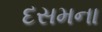
દસમના